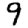
Digit: 9